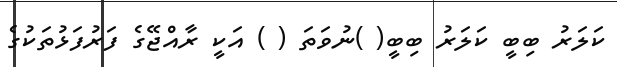
ކަލަރު ބިބީ ކަލަރު ބިބީ( )ނުވަތަ ( ) އަކީ ރާއްޖޭގެ ފަރުފަޅުތަކުގެ